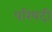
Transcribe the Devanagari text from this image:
परिषदी